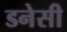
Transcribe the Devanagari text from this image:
डनेसी